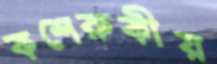
কশেরুকীয়